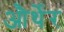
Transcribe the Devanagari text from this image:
और्थेर